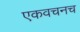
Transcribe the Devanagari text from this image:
एकवचनच